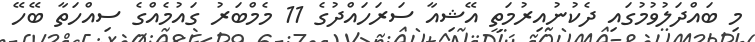
މި ބައްދަލުވުމުގައި ދެކުނުއިރުމަތީ އޭޝިއާ ސަރަހައްދުގެ 11 މެމްބަރު ގައުމެއްގެ ސިއްހަތާ ބޭހޭ